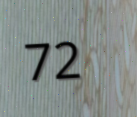
72